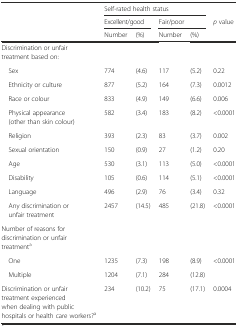
| <ROWSPAN=3>  | <COLSPAN=4> Self-rated health status |  |
 | <COLSPAN=2> Excellent/good | <COLSPAN=2> Fair/poor | p value |
 | Number | (%) | Number | (%) |  |
 | --- | --- | --- | --- | --- | --- |
 | Discrimination or unfair treatment based on: |  |  |  |  |  |
 | Sex | 774 | (4.6) | 117 | (5.2) | 0.22 |
 | Ethnicity or culture | 877 | (5.2) | 164 | (7.3) | 0.0012 |
 | Race or colour | 833 | (4.9) | 149 | (6.6) | 0.006 |
 | Physical appearance (other than skin colour) | 582 | (3.4) | 183 | (8.2) | <0.0001 |
 | Religion | 393 | (2.3) | 83 | (3.7) | 0.002 |
 | Sexual orientation | 150 | (0.9) | 27 | (1.2) | 0.20 |
 | Age | 530 | (3.1) | 113 | (5.0) | <0.0001 |
 | Disability | 105 | (0.6) | 114 | (5.1) | <0.0001 |
 | Language | 496 | (2.9) | 76 | (3.4) | 0.32 |
 | Any discrimination or unfair treatment | 2457 | (14.5) | 485 | (21.8) | <0.0001 |
 | Number of reasons for discrimination or unfair treatmenta |  |  |  |  |  |
 | One | 1235 | (7.3) | 198 | (8.9) | <0.0001 |
 | Multiple | 1204 | (7.1) | 284 | (12.8) |  |
 | Discrimination or unfair treatment experienced when dealing with public hospitals or health care workers?a | 234 | (10.2) | 75 | (17.1) | 0.0004 |